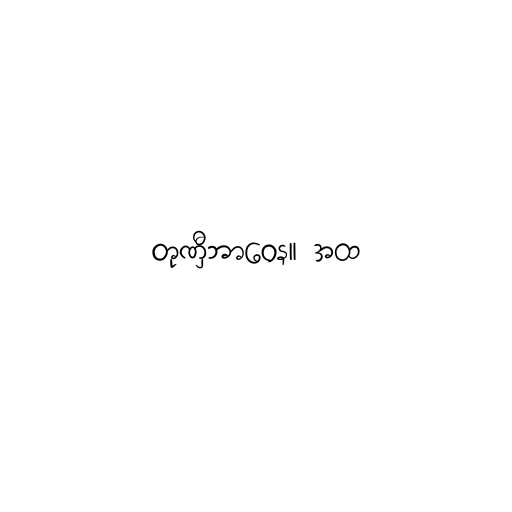
တုဏှီဘာဝေန။ အထ